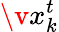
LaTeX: \v x_{k}^{t}